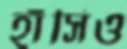
হাঁসিও